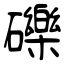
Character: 礫